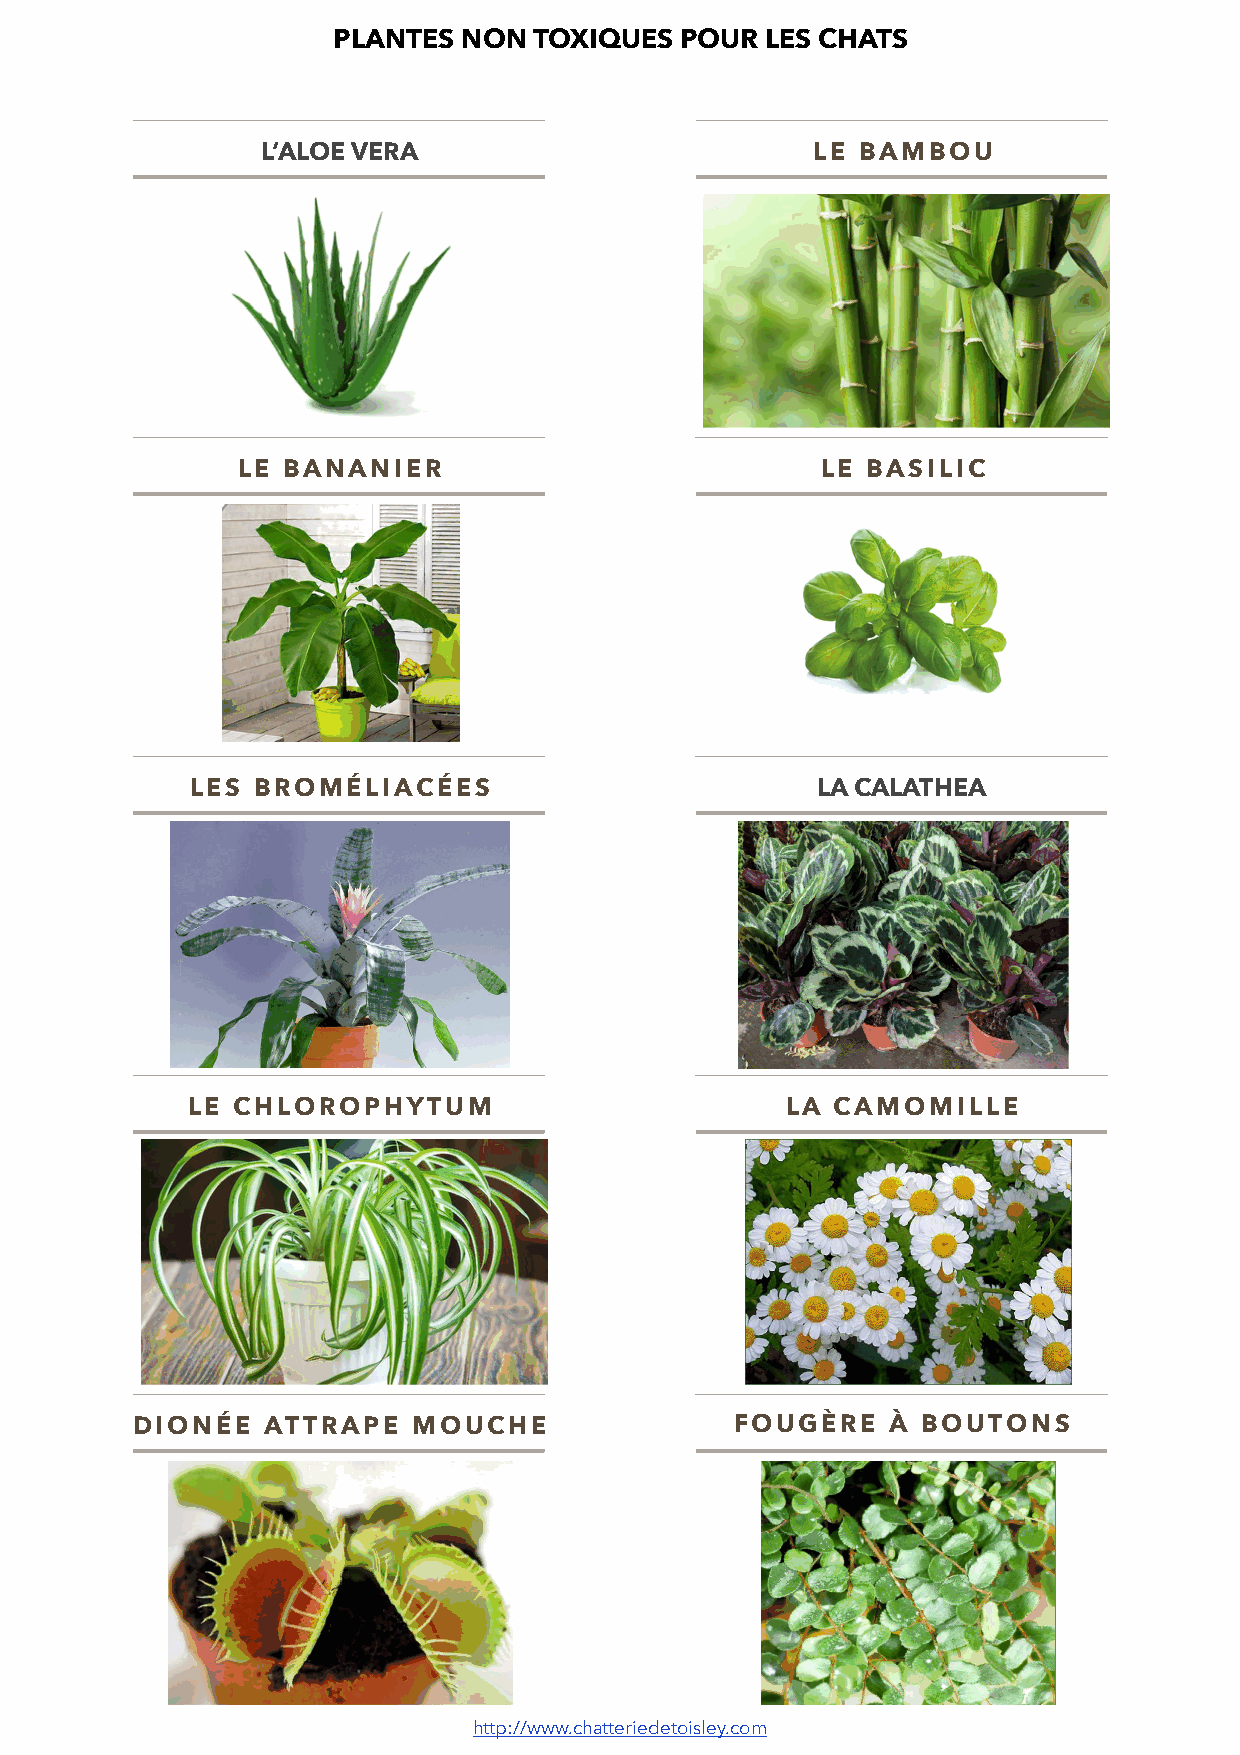
PLANTES  NON TOXIQUES  POUR  LES CHATS
 L’ALOE VERA                          LE BAMBOU

 LE BANANIER                           LE BASILIC

 LES BROMÉLIACÉES                         LA CALATHEA

 LE CHLOROPHYTUM                         LA CAMOMILLE

 DIONÉE  ATTRAPE   MOUCHE                FOUGÈRE   À BOUTONS

 http://www.chatteriedetoisley.com